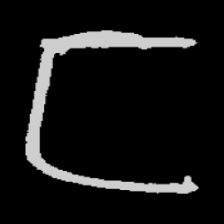
Pyu character \u2014 Myanmar letter: ဋ (romanized: tta)